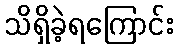
သိရှိခဲ့ရကြောင်း